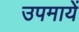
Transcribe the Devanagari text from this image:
उपमायें